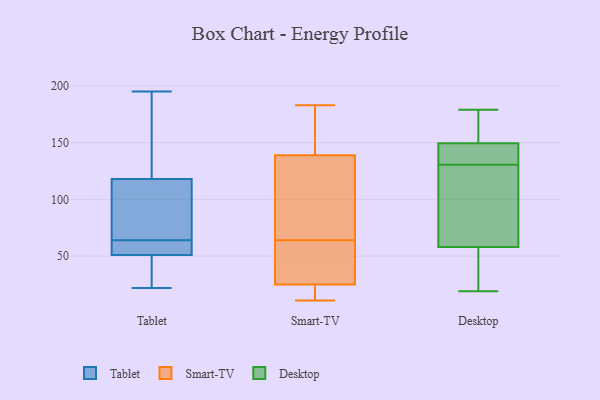
{"axis": {"x": "Revenue (USD Million)", "y": "Value"}, "legend": ["Desktop", "Smart-TV", "Tablet"], "data": [{"x": "", "y": 121, "type": "Tablet"}, {"x": "", "y": 57, "type": "Tablet"}, {"x": "", "y": 118, "type": "Tablet"}, {"x": "", "y": 22, "type": "Tablet"}, {"x": "", "y": 107, "type": "Tablet"}, {"x": "", "y": 195, "type": "Tablet"}, {"x": "", "y": 24, "type": "Tablet"}, {"x": "", "y": 118, "type": "Tablet"}, {"x": "", "y": 51, "type": "Tablet"}, {"x": "", "y": 36, "type": "Tablet"}, {"x": "", "y": 69, "type": "Tablet"}, {"x": "", "y": 147, "type": "Tablet"}, {"x": "", "y": 59, "type": "Tablet"}, {"x": "", "y": 56, "type": "Tablet"}, {"x": "", "y": 132, "type": "Smart-TV"}, {"x": "", "y": 28, "type": "Smart-TV"}, {"x": "", "y": 36, "type": "Smart-TV"}, {"x": "", "y": 74, "type": "Smart-TV"}, {"x": "", "y": 52, "type": "Smart-TV"}, {"x": "", "y": 141, "type": "Smart-TV"}, {"x": "", "y": 21, "type": "Smart-TV"}, {"x": "", "y": 54, "type": "Smart-TV"}, {"x": "", "y": 139, "type": "Smart-TV"}, {"x": "", "y": 88, "type": "Smart-TV"}, {"x": "", "y": 94, "type": "Smart-TV"}, {"x": "", "y": 25, "type": "Smart-TV"}, {"x": "", "y": 14, "type": "Smart-TV"}, {"x": "", "y": 183, "type": "Smart-TV"}, {"x": "", "y": 25, "type": "Smart-TV"}, {"x": "", "y": 180, "type": "Smart-TV"}, {"x": "", "y": 168, "type": "Smart-TV"}, {"x": "", "y": 11, "type": "Smart-TV"}, {"x": "", "y": 67, "type": "Desktop"}, {"x": "", "y": 125, "type": "Desktop"}, {"x": "", "y": 179, "type": "Desktop"}, {"x": "", "y": 144, "type": "Desktop"}, {"x": "", "y": 136, "type": "Desktop"}, {"x": "", "y": 150, "type": "Desktop"}, {"x": "", "y": 149, "type": "Desktop"}, {"x": "", "y": 69, "type": "Desktop"}, {"x": "", "y": 76, "type": "Desktop"}, {"x": "", "y": 29, "type": "Desktop"}, {"x": "", "y": 166, "type": "Desktop"}, {"x": "", "y": 146, "type": "Desktop"}, {"x": "", "y": 45, "type": "Desktop"}, {"x": "", "y": 49, "type": "Desktop"}, {"x": "", "y": 152, "type": "Desktop"}, {"x": "", "y": 19, "type": "Desktop"}]}